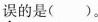
误的是()。